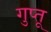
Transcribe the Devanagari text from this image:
गुप्तू